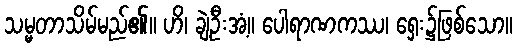
သမ္မတာသိမ်မည်၏။ ဟိ၊ ချဲ့ဦးအံ့။ ပေါရာဏကဿ၊ ရှေး၌ဖြစ်သော။